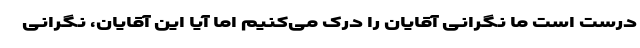
درست است ما نگرانی آقایان را درک می‌کنیم اما آیا این آقایان، نگرانی